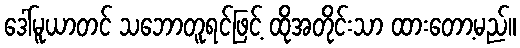
ဒေါ်မူယာတင် သဘောတူရင်ဖြင့် ထိုအတိုင်းသာ ထားတော့မည်။